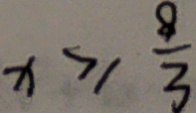
x > \frac { 8 } { 3 }